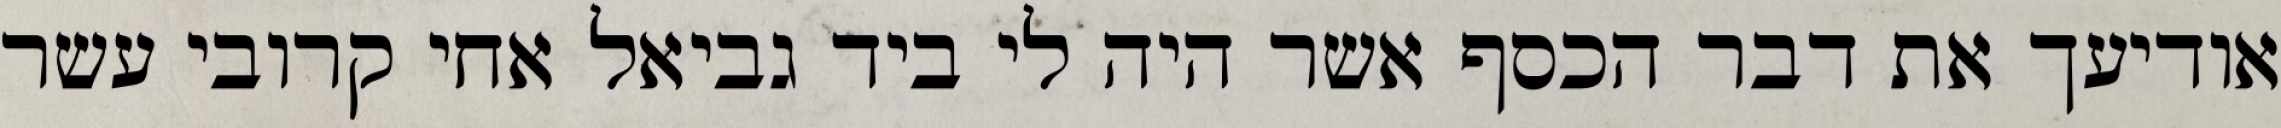
אודיעך את דבר הכסף אשר היה לי ביד גביאל אחי קרובי עשר